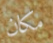
مكان